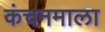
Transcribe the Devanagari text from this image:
कंचनमाला